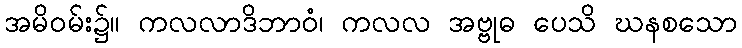
အမိဝမ်း၌။ ကလလာဒိဘာဝံ၊ ကလလ အဗ္ဗုဓ ပေသိ ဃနစသော